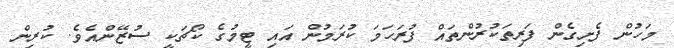
މަހުން ފެށިގެން ފަރިތަކުރުންތައް ފުރަހަމަ ކުރަމުން އައި ޓީމުގެ ކޯޗަކީ ސުޒޭންއެވެ. ކުރިން